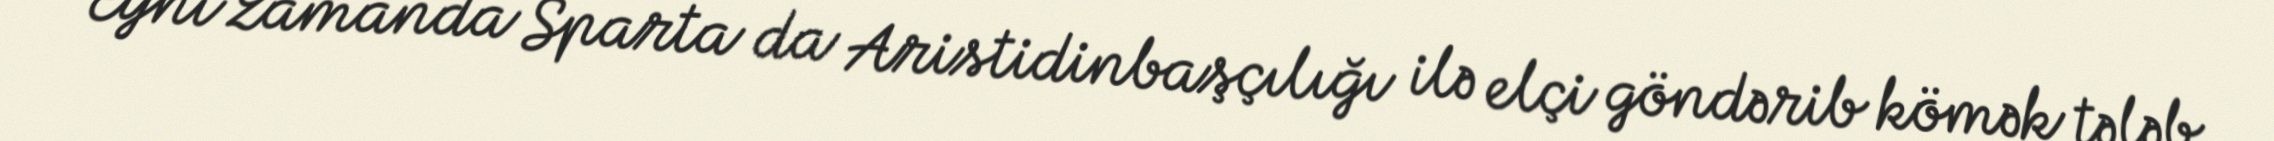
Eyni zamanda Sparta da Aristidinbaşçılığı ilə elçi göndərib kömək tələb